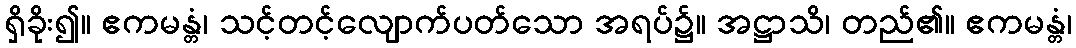
ရှိခိုး၍။ ဧကမန္တံ၊ သင့်တင့်လျောက်ပတ်သော အရပ်၌။ အဋ္ဌာသိ၊ တည်၏။ ဧကမန္တံ၊